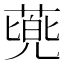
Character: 𮐰